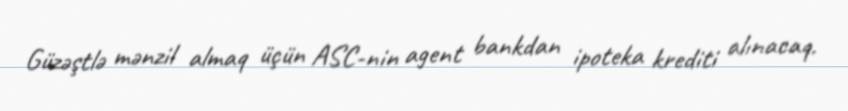
Güzəştlə mənzil almaq üçün ASC-nin agent bankdan ipoteka krediti alınacaq.